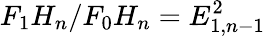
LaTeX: F_{1}H_{n}/F_{0}H_{n}=E_{1,n-1}^{2}